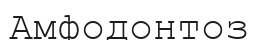
Амфодонтоз